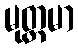
မုတ္တမာ